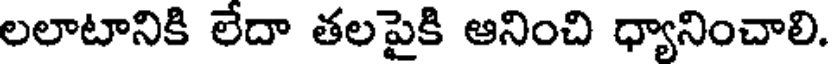
లలాటానికి లేదా తలపైకి ఆనించి ధ్యానించాలి.